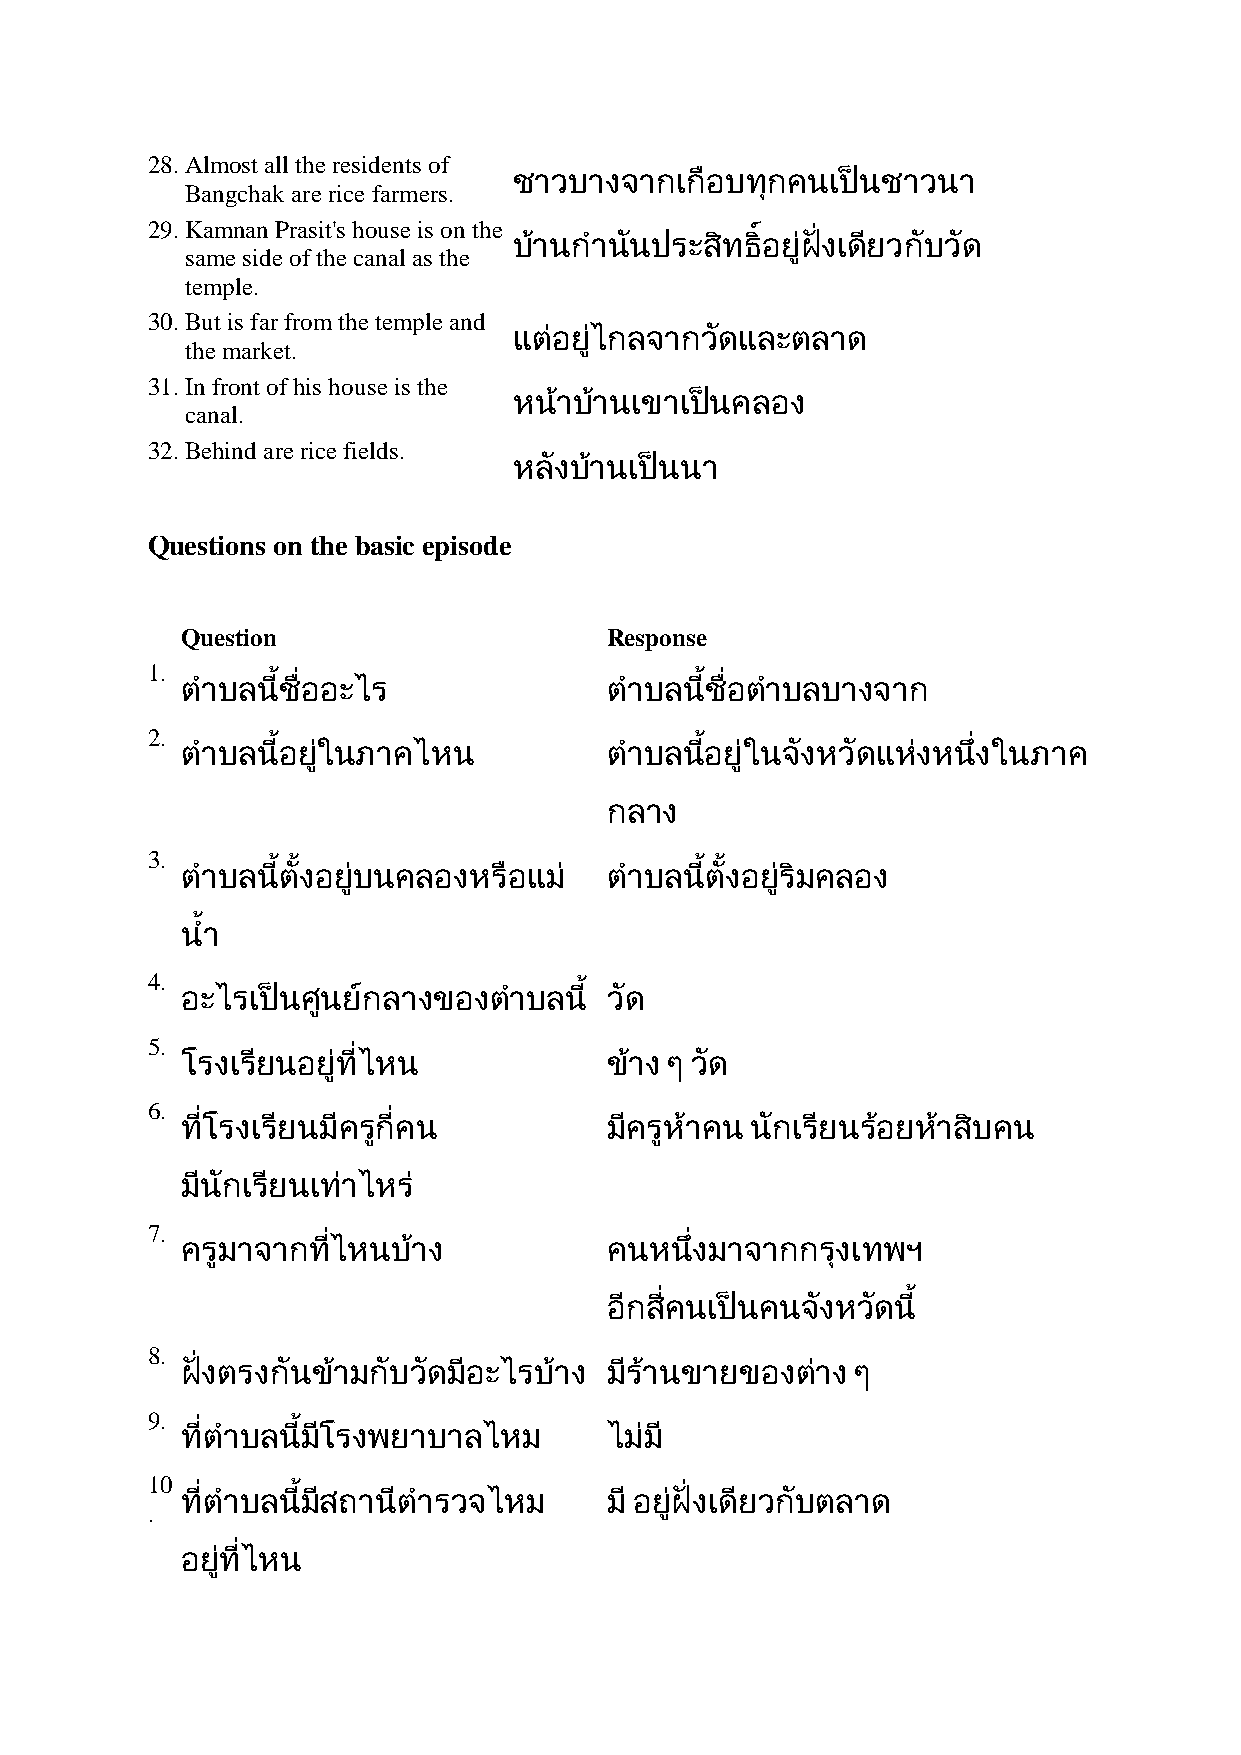
28. Almost all the residents of
 Bangchak are rice farmers.
 29. Kamnan Prasit's house is on the
 same side of the canal as the
 temple.
 30. But is far from the temple and
 the market.
 31. In front of his house is the
 canal.
 32. Behind are rice fields.
 Questions on the basic episode
 Question                    Response
 1.
 2.
 3.
 4.
 5.
 ๆ
 6.
 7.
 8.
 ๆ
 9.
 10
 .